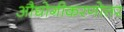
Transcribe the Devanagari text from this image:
औद्योगीकरणोत्तर